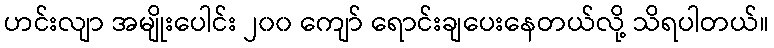
ဟင်းလျာ အမျိုးပေါင်း ၂၀၀ ကျော် ရောင်းချပေးနေတယ်လို့ သိရပါတယ်။